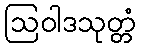
ဩဝါဒသုတ္တံ